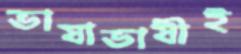
ভাষাভাষীই